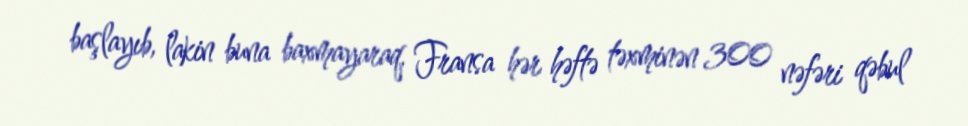
başlayıb, lakin buna baxmayaraq, Fransa hər həftə təxminən 300 nəfəri qəbul